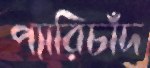
প্যারিচাঁদ